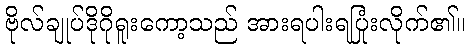
ဗိုလ်ချုပ်ဒိုဂိုရူးကော့သည် အားရပါးရပြုံးလိုက်၏။